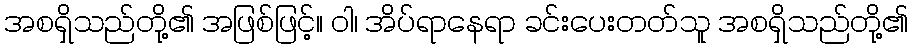
အစရှိသည်တို့၏ အဖြစ်ဖြင့်။ ဝါ၊ အိပ်ရာနေရာ ခင်းပေးတတ်သူ အစရှိသည်တို့၏